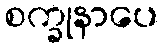
စက္ခုနာပေ